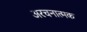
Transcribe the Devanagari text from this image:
अरचनात्मक